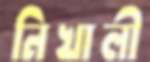
নিখালী